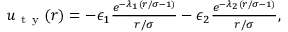
\begin{array} { r } { u _ { \mathrm { ~ t ~ y ~ } } ( r ) = - \epsilon _ { 1 } \frac { e ^ { - \lambda _ { 1 } ( r / \sigma - 1 ) } } { r / \sigma } - \epsilon _ { 2 } \frac { e ^ { - \lambda _ { 2 } ( r / \sigma - 1 ) } } { r / \sigma } , } \end{array}